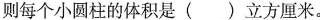
则每个小圆柱的体积是 ( ) 立方厘米。